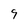
Character: 9